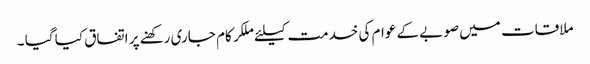
ملاقات میں صوبے کے عوام کی خدمت کیلئے ملکر کام جاری رکھنے پر اتفاق کیا گیا ۔